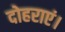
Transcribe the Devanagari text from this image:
दोहराएं।